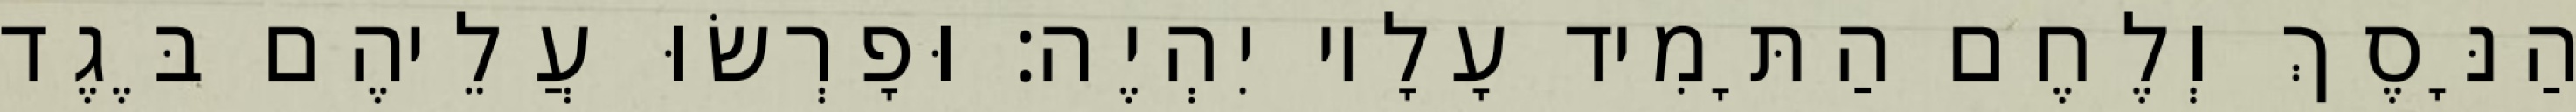
הַנָּסֶךְ וְלֶחֶם הַתָּמִיד עָלָיו יִהְיֶה׃ וּפָרְשׂוּ עֲלֵיהֶם בֶּגֶד